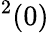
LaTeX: ^2(0)